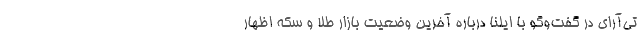
تی‌آرای در گفت‌وگو با ایلنا درباره آخرین وضعیت بازار طلا و سکه اظهار